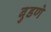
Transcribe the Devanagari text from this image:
बुडणे